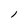
Character: l